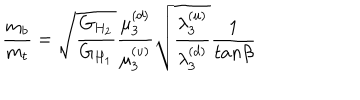
LaTeX: { \frac { m _ { b } } { m _ { t } } } = { \sqrt { \frac { G _ { H _ { 2 } } } { G _ { H _ { 1 } } } } } { \frac { \mu _ { 3 } ^ { ( d ) } } { \mu _ { 3 } ^ { ( u ) } } } { \sqrt { \frac { \lambda _ { 3 } ^ { ( u ) } } { \lambda _ { 3 } ^ { ( d ) } } } } { \frac { 1 } { t a n \beta } }